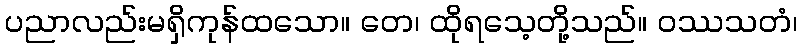
ပညာလည်းမရှိကုန်ထသော။ တေ၊ ထိုရသေ့တို့သည်။ ဝဿသတံ၊